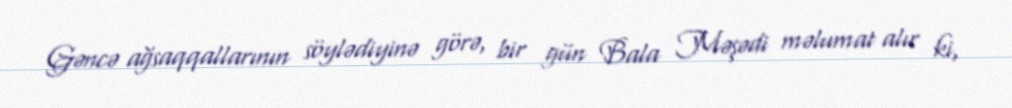
Gəncə ağsaqqallarının söylədiyinə görə, bir gün Bala Məşədi məlumat alır ki,